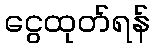
ငွေထုတ်ရန်